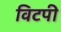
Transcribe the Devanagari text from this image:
विटपी